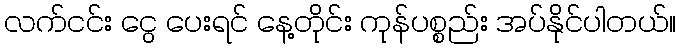
လက်ငင်း ငွေ ပေးရင် နေ့တိုင်း ကုန်ပစ္စည်း အပ်နိုင်ပါတယ်။